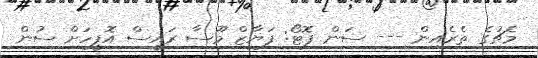
މެޗުގެ ތެރެއިން --- ސަން ފޮޓޯ: ފަޔާޒް މޫސާ ރައީސް އޮފީހަށް ސުން